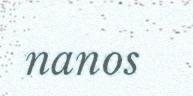
nanos